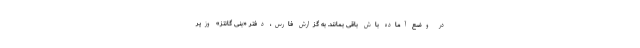
در وضع آماده باش باقی بمانند. به گزارش فارس، دفتر «بنی گانتز» وزیر